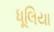
ધૂલિયા